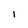
Character: I